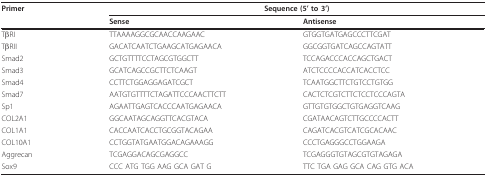
<table><thead><tr><td><b>Primer</b></td><td colspan="2"><b>Sequence (5&#x27; to 3&#x27;)</b></td></tr><tr><td></td><td><b>Sense</b></td><td><b>Antisense</b></td></tr></thead><tbody><tr><td>TβRI</td><td>TTAAAAGGCGCAACCAAGAAC</td><td>GTGGTGATGAGCCCTTCGAT</td></tr><tr><td>TβRII</td><td>GACATCAATCTGAAGCATGAGAACA</td><td>GGCGGTGATCAGCCAGTATT</td></tr><tr><td>Smad2</td><td>GCTGTTTTCCTAGCGTGGCTT</td><td>TCCAGACCCACCAGCTGACT</td></tr><tr><td>Smad3</td><td>GCATCAGCCGCTTCTCAAGT</td><td>ATCTCCCCACCATCACCTCC</td></tr><tr><td>Smad4</td><td>CCTTCTGGAGGAGATCGCT</td><td>TCAATGGCTTCTGTCCTGTGG</td></tr><tr><td>Smad7</td><td>AATGTGTTTTCTAGATTCCCAACTTCTT</td><td>CACTCTCGTCTTCTCCTCCCAGTA</td></tr><tr><td>Sp1</td><td>AGAATTGAGTCACCCAATGAGAACA</td><td>GTTGTGTGGCTGTGAGGTCAAG</td></tr><tr><td>COL2A1</td><td>GGCAATAGCAGGTTCACGTACA</td><td>CGATAACAGTCTTGCCCCACTT</td></tr><tr><td>COL1A1</td><td>CACCAATCACCTGCGGTACAGAA</td><td>CAGATCACGTCATCGCACAAC</td></tr><tr><td>COL10A1</td><td>CCTGGTATGAATGGACAGAAAGG</td><td>CCCTGAGGGCCTGGAAGA</td></tr><tr><td>Aggrecan</td><td>TCGAGGACAGCGAGGCC</td><td>TCGAGGGTGTAGCGTGTAGAGA</td></tr><tr><td>Sox9</td><td>CCC ATG TGG AAG GCA GAT G</td><td>TTC TGA GAG GCA CAG GTG ACA</td></tr></tbody></table>